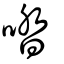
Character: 𠴲